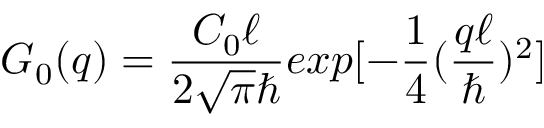
G _ { 0 } ( q ) = \frac { C _ { 0 } \ell } { 2 \sqrt { \pi } \hbar } e x p [ - \frac { 1 } { 4 } ( \frac { q \ell } { \hbar } ) ^ { 2 } ]